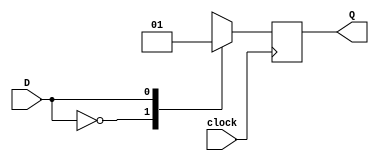
`timescale 1us / 1us

//D FLIP FLOP FOR OUTPUT
module D_FLIP_FLOP(Q, D, clock);
    input D, clock;
    output reg Q;

    always @ (negedge clock)
    begin
        //ALLOW DEFAULT VALUE
        case (D)
        1'b0: Q <= 1'b0;
        1'b1: Q <= 1'b1;
        //SO THAT Q IS SET TO 0 WHEN INPUT HAS NO VALUE
        default: Q <= 1'b0;
        endcase
    end
endmodule   

//CONTROL UNIT
module CONTROLLOGIC (start, Z, X, clock, clear, T0, T1, T2);
    //PORTS OF MODULE
    input start, Z, X, clock, clear;
    output T0, T1, T2;

    //INPUTS OF FLIP FLOPS
    wire input1, input2, input3;

    //GATE OUTPUTS
    wire T0_NS, T2_Z, T0_S, T2_NX_NZ, T1_NX, T1_X, T2_NZ_X;
    wire NS, NX, NZ;

    //INSTANTIATE FLIP FLOPS
    D_FLIP_FLOP DFF0(T0, input1, clock);
    D_FLIP_FLOP DFF1(T1, input2, clock);
    D_FLIP_FLOP DFF2(T2, input3, clock);

    not N0 (NS, start);
    not N1 (NX, X);
    not N2 (NZ, Z);

    and A0 (T0_NS, T0, NS);
    and A1 (T2_Z, T2, Z);

    and A4 (T0_S, T0, start);
    and A5 (T2_NX_NZ, T2, NX, NZ);
    and A6 (T1_NX, T1, NX);

    and A2 (T1_X, T1, X);
    and A3 (T2_NZ_X, T2, NZ, X);

    or OR1 (input1, T0_NS, T2_Z);
    or OR2 (input2, T0_S, T2_NX_NZ, T1_NX);
    or OR3 (input3, T1_X, T2_NZ_X);

endmodule

//TFLIP FLOP WITH A SYNCHRONOUS CLEAR
module T_FLIP_FLOP (T, Q, clock, clear);
    input T, clock, clear;
    output reg Q;

    always @ (negedge clock)
    begin
        //SYNCHRONOUS CLEAR
        if (clear) Q <= 1'b0;
        //ALLOW DEFAULT VALUE
        else case(T)
        1'b0: Q <= Q;
        1'b1: Q <= ~Q;
        //WHEN T = 1'bx
        default: Q <= 1'b0;
        endcase
    end
endmodule

//SYNCHRONOUS 4 BIT COUNTER WITH SYNCHRONOUS CLEAR
module COUNTER_4BIT (counter_out, enable, clear, clock);
    //PORTS OF MODULE
    input enable, clear, clock;
    output [3: 0] counter_out;

    //INSTANTIATE FLIP FLOPS
    T_FLIP_FLOP TFF0(1'b1, counter_out[0], clock, clear);
    T_FLIP_FLOP TFF1(counter_out[0], counter_out[1], clock, clear);
    T_FLIP_FLOP TFF2(counter_out[0] & counter_out[1],counter_out[2], clock, clear);
    T_FLIP_FLOP TFF3(counter_out[0] & counter_out[1] & counter_out[2], counter_out[3], clock, clear);
endmodule

//INTEGRATE ALL THESE MODULES
module INTG (start, clock, X, counter_out, G);
    //PORTS OF MODULE
    input start, clock, X;
    output G;
    output [3: 0] counter_out;

    //GATE & MODULE WIRES
    wire Z, enableCounter, clearCounter, flipFlopInput;
    wire T0, T1, T2;
    wire T1_X, T2_NZ_X;
    wire NZ, NS;


    //NOTS
    not N1 (NZ, Z);

    //ANDS
    and A0(clearCounter, T0, start);
    and A1 (T1_X, T1, X);
    and A2 (T2_NZ_X, T2, NZ, X);
    and A4 (flipFlopInput, Z, T2);

    //ORS
    or OR0 (enableCounter, T1_X, T2_NZ_X);

    //ASSIGN Z
    assign Z = counter_out[0] & counter_out[1] & counter_out[2] & counter_out[3];

    //INSTANTIATE THE OUTPUT FLIP FLOP
    D_FLIP_FLOP D0(G, flipFlopInput, clock);

    //INSTANTITATE THE CONTROLLER
    CONTROLLOGIC CON(start, Z, X, clock, clear, T0, T1, T2);

    //INSTANTITATE THE COUNTER
    COUNTER_4BIT COUNTER(counter_out, enableCounter, clearCounter, clock);
endmodule

module TESTBENCH;
    //VARY START, X AND CLOCK
    reg start, X, clock;

    //OUTPUT
    wire G;
    wire [3: 0] counter_out;

    INTG DP(start, clock, X, counter_out, G);

    initial begin
        //INITIIALLY ALL INPUTS ARE 0
        clock = 1'b0;
        start = 1'b0;
        X = 1'b0;
    end

    always #500 clock = ~clock;

    initial begin
        $monitor ($time, "COUNTER_OUT = %d G = %b", counter_out, G);
        //START MADE 1 (SO COUNTER SHOULD BE CLEARED NOW)
        #1000 start = 1'b1; X = 1'b1;
        #10000 $finish;
    end
endmodule